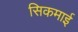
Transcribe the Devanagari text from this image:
सिकमाई